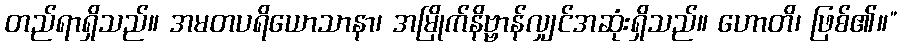
တည်ရာရှိသည်။ အမတပရိယောသာနာ၊ အမြိုက်နိဗ္ဗာန်လျှင်အဆုံးရှိသည်။ ဟောတိ၊ ဖြစ်၏။”